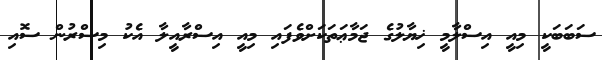
ސަބަބަކީ މިއީ އިސްލާމީ ޚިޔާލުގެ ޖަމާޢަތަކަށްވެފައި މިއީ އިސްރާއީލާ އެކު މިސްރުން ސޮއި